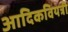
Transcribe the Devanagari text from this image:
आदिकवियत्री